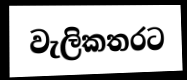
වැලිකතරට